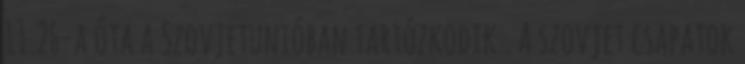
11.26-a óta a Szovjetunióban tartózkodik . A szovjet csapatok